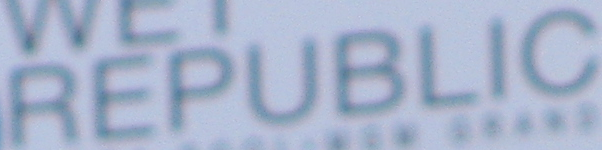
REPUBLIC